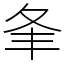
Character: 夆